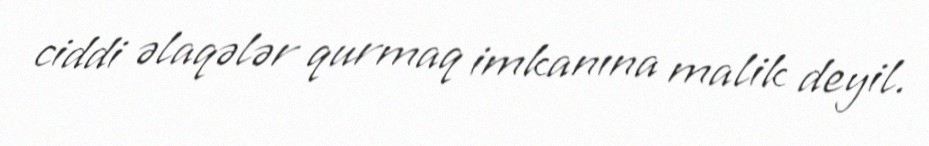
ciddi əlaqələr qurmaq imkanına malik deyil.